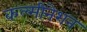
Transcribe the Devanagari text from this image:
कल्मीनेशन